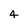
Character: 4